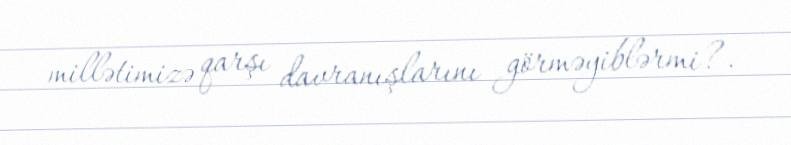
millətimizə qarşı davranışlarını görməyiblərmi?.